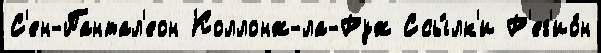
С'ен-Пантал'еон Коллонж-ла-Руж Ссы́лк'и Р'ег'ио́н